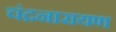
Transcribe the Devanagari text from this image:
चंद्रनारायण